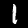
Label: 1